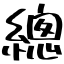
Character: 總